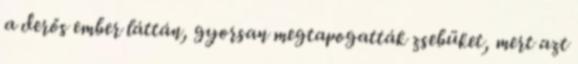
a derős ember láttán, gyorsan megtapogatták zsebüket, mert azt